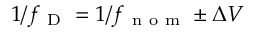
1 / f _ { \mathrm { ~ D ~ } } = 1 / f _ { \mathrm { ~ n ~ o ~ m ~ } } \pm \Delta V